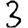
Digit: 3